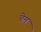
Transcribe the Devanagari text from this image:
चेम